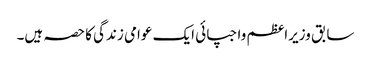
سابق وزیراعظم واجپائی ایک عوامی زندگی کا حصہ ہیں۔